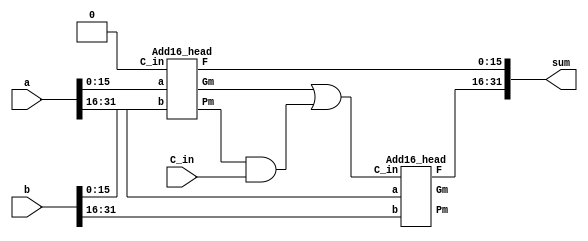
//Ci+1 = Gi + PiCi

//Gi = Ai * Bi(Gi)
//Pi = Ai + Bi(Pi)
//wire 
module Add
(
	input [31:0]a,
	input [31:0]b,
	input C_in,
	output reg [31:0]sum
	//output C_out
);
wire [3:0]G;
wire [3:0]P;
assign G[3:2]=2'b00;
assign P[3:2]=2'b00;
wire C_16;
wire [31:0] F;

always @(*) begin
	 sum <= F;
end 
	 
Add16_head add16_1(.a(a[15:0]),.b(b[15:0]),.C_in(1'b0),.F(F[15:0]),.Gm(G[0]),.Pm(P[0]));
assign C_16=G[0]|P[0]&C_in;
Add16_head add16_2(.a(a[31:16]),.b(b[31:16]),.C_in(C_16),.F(F[31:16]),.Gm(G[1]),.Pm(P[1]));
 
//assign C_out=G[1]|P[1]&G[0]|P[1]&P[0]&C_in;
endmodule
//G0 = g3 + p3g2 + p3p2g1 + p3p2p1g0
//P0 = p3p2p1p0
//G1 = g7 + p7g6 + p7p6g5 + p7p6p5g4
//P1 = p7p6p5p4
//+4
 //16
 module Add16_head
 (
	input [15:0]a,
	input [15:0]b,
	input C_in,
	output [15:0] F,
	output Gm,
	output Pm
	//output C_out
 );
 wire [3:0]G;
 wire [3:0]P;
 wire [4:1]C;
 Add4_head A0(.a(a[3:0]),.b(b[3:0]),.C_in(C_in),.F(F[3:0]),.Gm(G[0]),.Pm(P[0]));//G0P0
 Add4_head A1(.a(a[7:4]),.b(b[7:4]),.C_in(C[1]),.F(F[7:4]),.Gm(G[1]),.Pm(P[1]));//G1,P1
 Add4_head A3(.a(a[11:8]),.b(b[11:8]),.C_in(C[2]),.F(F[11:8]),.Gm(G[2]),.Pm(P[2]));
 Add4_head A4(.a(a[15:12]),.b(b[15:12]),.C_in(C[3]),.F(F[15:12]),.Gm(G[3]),.Pm(P[3]));
 CLA_4 AAt(.P(P),.G(G),.C_in(C_in),.Ci(C),.Gm(Gm),.Pm(Pm));
 //assign C_out=C[4];
 endmodule
module Add4_head
(
	input [3:0]a,
	input [3:0]b,
	input C_in,
	output [3:0]F,
	output Gm,
	output Pm
	//output C_out
);
	wire [3:0] G;
	wire [3:0] P;
	wire [4:1] C;
   Add1 u1(.a(a[0]),.b(b[0]),.C_in(C_in),.f(F[0]),.g(G[0]),.p(P[0]));//pi,gi
   Add1 u2(.a(a[1]),.b(b[1]),.C_in(C[1]),.f(F[1]),.g(G[1]),.p(P[1]));//
   Add1 u3(.a(a[2]),.b(b[2]),.C_in(C[2]),.f(F[2]),.g(G[2]),.p(P[2]));
   Add1 u4(.a(a[3]),.b(b[3]),.C_in(C[3]),.f(F[3]),.g(G[3]),.p(P[3]));

  CLA_4 uut(.P(P),.G(G),.C_in(C_in),.Ci(C),.Gm(Gm),.Pm(Pm));//Gm,Pm,c
  //assign C_out=C[4];
 endmodule
module CLA_4(
	input [3:0]P,
	input [3:0]G,
	input C_in,//c0
	output [4:1]Ci,
	output Gm,
	output Pm
);
assign Ci[1]=G[0]|P[0]&C_in;
assign Ci[2]=G[1]|P[1]&G[0]|P[1]&P[0]&C_in;
assign Ci[3]=G[2]|P[2]&G[1]|P[2]&P[1]&G[0]|P[2]&P[1]&P[0]&C_in;
assign Ci[4]=G[3]|P[3]&G[2]|P[3]&P[2]&G[1]|P[3]&P[2]&P[1]&G[0]|P[3]&P[2]&P[1]&P[0]&C_in;

assign Gm=G[3]|P[3]&G[2]|P[3]&P[2]&G[1]|P[3]&P[2]&P[1]&G[0];//CLA16
assign Pm=P[3]&P[2]&P[1]&P[0];
endmodule
module Add1
(
	input a,
	input b,
	input C_in,
	output f,
	output g,
	output p
);
assign f=a^b^C_in;
assign g=a&b;
assign p=a|b;
endmodule